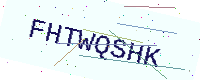
Text: FHTWQSHK